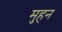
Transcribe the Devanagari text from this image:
मुहन